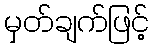
မှတ်ချက်ဖြင့်